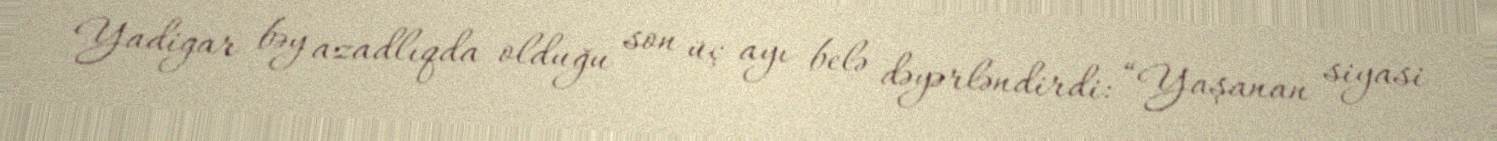
Yadigar bəy azadlıqda olduğu son üç ayı belə dəyərləndirdi: “Yaşanan siyasi